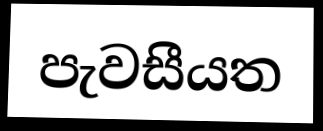
පැවසීයත